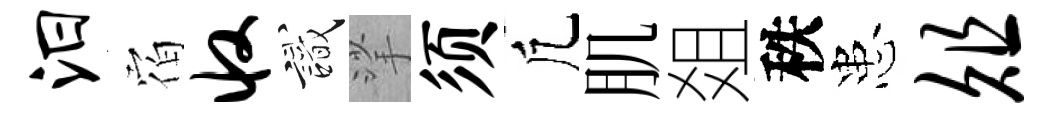
汨𪧐收識挲须凢肌爼秩患俎